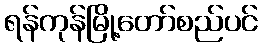
ရန်ကုန်မြို့တော်စည်ပင်